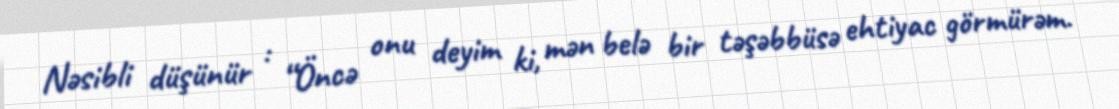
Nəsibli düşünür : “Öncə onu deyim ki, mən belə bir təşəbbüsə ehtiyac görmürəm.